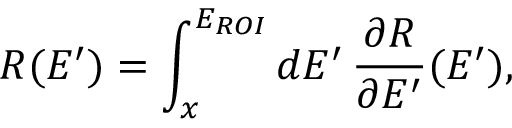
R ( E ^ { \prime } ) = \int _ { x } ^ { E _ { R O I } } \mathop { d E ^ { \prime } } \frac { \partial R } { \partial E ^ { \prime } } ( E ^ { \prime } ) ,